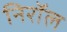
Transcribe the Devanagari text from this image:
निरॉल